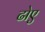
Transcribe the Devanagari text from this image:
ढोए